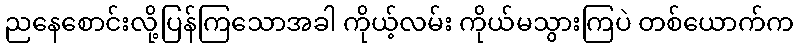
ညနေစောင်းလို့ပြန်ကြသောအခါ ကိုယ့်လမ်း ကိုယ်မသွားကြပဲ တစ်ယောက်က